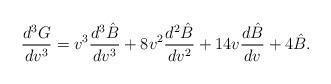
LaTeX: \begin{align*} \frac{d^3G}{dv^3}=v^3\frac{d^3\hat{B}}{dv^3}+8v^2\frac{d^2\hat{B}}{dv^2}+14v\frac{d\hat{B}}{dv}+4\hat{B}.\end{align*}